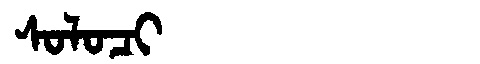
Manchu: ᠰᠣᠯᠣᠴᡳ
Romanization: SOLOCI